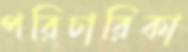
পরিচারিকা